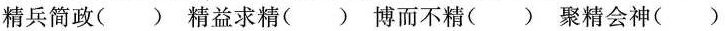
精兵简政() 精益求精() 博而不精() 聚精会神()